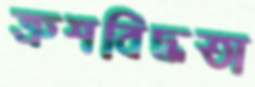
ত্রুশবিদ্ধতা